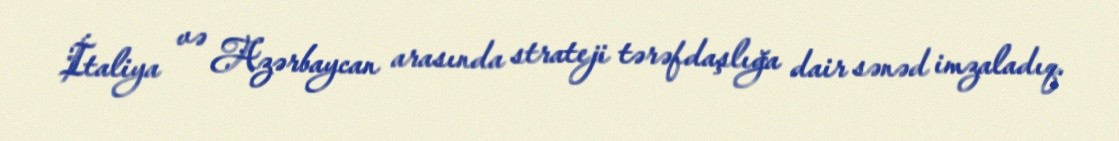
İtaliya və Azərbaycan arasında strateji tərəfdaşlığa dair sənəd imzaladıq.